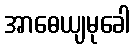
အာဓေယျမုခေါ